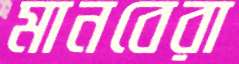
মানবেরা